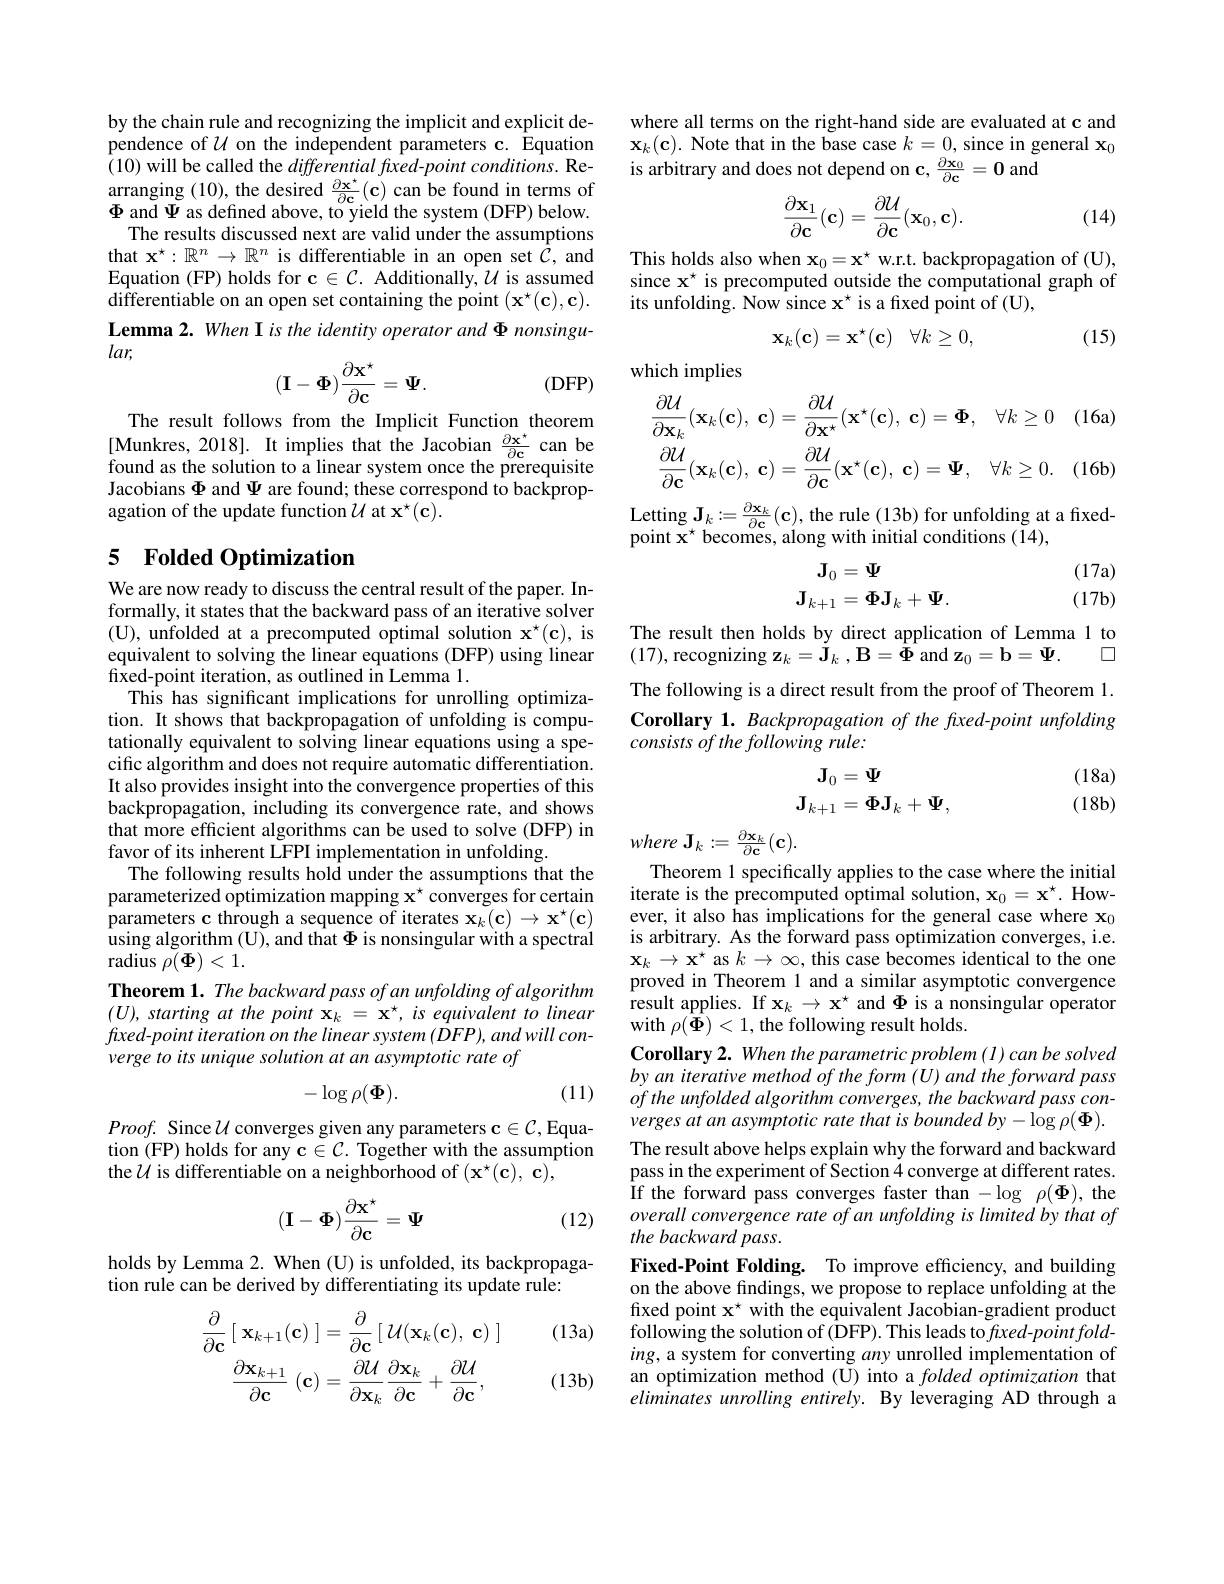
by the chain rule and recognizing the implicit and explicit dependence of $U$ on the independent parameters c. Equation (10) will be called the differential f$xed-point$ conditions. Re- $\begin{array}{l}{\mathrm{arranging~(10),~the~desired~\frac{\partial\mathbf{x}^{\star}}{\partial\mathbf{c}}(\mathbf{c})~can~be~found~in~terms~of}}\\{\Phi\mathrm{~and~\Psi~as~defined~above,~to~yield~the~system~(DFP)~below.}}\end{array}$
The results discussed next are valid under the assumptions that $\mathbf{x}^\star:\mathbb{R}^n\to\mathbb{R}^n$ is differentiable in an open set $\bar{C}$, and Equation (FP) holds for $\mathbf{c}\in\mathcal{C}.$ Additionally,$\mathcal{U}$ is assumed $\hat{\text{differentiable on an open set containing the point }} ( \mathbf{x} ^{\star }( \mathbf{c} ) , \mathbf{c} ) .$ Lemma 2. When I is the identity operator and Φ nonsingu- $lar$,
$$(\mathbf{I}-\mathbf{\Phi})\frac{\partial\mathbf{x}^\star}{\partial\mathbf{c}}=\mathbf{\Psi}.$$
$(DFP)$

The result follows from the Implicit Function theorem [Munkres, 2018]. It implies that the Jacobian $\frac{\partial\mathbf{x}^{\star}}{\partial\mathbf{c}}$ can be found as the solution to a linear system once the prerequisite Jacobians $\Phi$ and $\Psi$ are found; these correspond to backpropagation of the update function $\mathcal{U}$ at $\mathbf{x}^\star(\mathbf{c}).$

## 5 $\textbf{Folded Optimization}$

We are now ready to discuss the central result of the paper. Informally, it states that the backward pass of an iterative solver ( U) , unfolded at a precomputed optimal solution $x^{\star }$( c) , is equivalent to solving the linear equations ( DFP) using linear equivalent to solving the linear equations ( DFP) using linear fixed-point iteration, as outlined in Lemma 1.
This has significant implications for unrolling optimization. It shows that backpropagation of unfolding is computationally equivalent to solving linear equations using a specific algorithm and does not require automatic differentiation. It also provides insight into the convergence properties of this backpropagation, including its convergence rate, and shows that more efficient algorithms can be used to solve (DFP) in favor of its inherent LFPI implementation in unfolding.
The following results hold under the assumptions that the parameterized optimization mapping $\mathbf{x}^{\star}$ converges for certain parameters c through a sequence of iterates $\mathbf{x}_k(\mathbf{c})\to\mathbf{x}^\star(\mathbf{c})$ using algorithm (U), and that $\Phi$ is nonsingular with a spectral ${\mathrm{radius~}\rho(\Phi)}<1.$
Theorem 1. The backward pass of an unfolding of algorithm $(U),startingatthepoint\mathbf{x}_{k}=\mathbf{x}^{\star},isequivalenttolinear$ $fixed-pointiterationon$ the linear system (DFP), and will converge to its unique solution at an asymptotic rate of
$$-\log\rho(\Phi).$$
(11)

$Proof.$ Since $\mathcal{U}$ converges given any parameters $\mathbf{c}\in\mathcal{C}$,Equation (FP) holds for any c$\in\mathcal{C}.$ Together with the assumption the $\mathcal{U}$ is differentiable on a neighborhood of $(\mathbf{x}^{\star}(\mathbf{c}),\mathbf{c})$,
$$(\mathbf{I}-\mathbf{\Phi})\frac{\partial\mathbf{x}^\star}{\partial\mathbf{c}}=\mathbf{\Psi}$$
(12)

holds by Lemma 2. When (U) is unfolded, its backpropaga-
tion rule can be derived by differentiating its update rule:

(13a)
$$\begin{aligned}\frac{\partial}{\partial\mathbf{c}}\:[\:\mathbf{x}_{k+1}(\mathbf{c})\:]&=\frac{\partial}{\partial\mathbf{c}}\:[\:\mathcal{U}(\mathbf{x}_{k}(\mathbf{c}),\:\mathbf{c})\:]\\\frac{\partial\mathbf{x}_{k+1}}{\partial\mathbf{c}}\:(\mathbf{c})&=\frac{\partial\mathcal{U}}{\partial\mathbf{x}_{k}}\frac{\partial\mathbf{x}_{k}}{\partial\mathbf{c}}+\frac{\partial\mathcal{U}}{\partial\mathbf{c}},\end{aligned}$$
$(13b)$

where all terms on the right-hand side are evaluated at c and $\mathbf{x}_k(\mathbf{c}).$ Note that in the base case $k=0$, since in general $\mathbf{x}_0$ is arbitrary and does not depend on c, $\frac{\partial\mathbf{x}_0}{\partial\mathbf{c}}=\mathbf{0}$ and
$$\frac{\partial\mathbf{x}_1}{\partial\mathbf{c}}(\mathbf{c})=\frac{\partial\mathcal{U}}{\partial\mathbf{c}}(\mathbf{x}_0,\mathbf{c}).$$
(14)

This holds also when $\mathbf{x}_0=\mathbf{x}^\star$ w.r.t. backpropagation of (U), since x$^{\star}$ is precomputed outside the computational graph of its unfolding. Now since x$^\star$ is a fixed point of (U),
$$\mathbf{x}_k(\mathbf{c})=\mathbf{x}^\star(\mathbf{c})\quad\forall k\geq0,$$
(15)

which implies
$$\frac{\partial\mathcal{U}}{\partial\mathbf{x}_{k}}(\mathbf{x}_{k}(\mathbf{c}),\:\mathbf{c})=\frac{\partial\mathcal{U}}{\partial\mathbf{x}^{\star}}(\mathbf{x}^{\star}(\mathbf{c}),\:\mathbf{c})=\mathbf{\Phi},\quad\forall k\geq0\\\frac{\partial\mathcal{U}}{\partial\mathbf{c}}(\mathbf{x}_{k}(\mathbf{c}),\:\mathbf{c})=\frac{\partial\mathcal{U}}{\partial\mathbf{c}}(\mathbf{x}^{\star}(\mathbf{c}),\:\mathbf{c})=\mathbf{\Psi},\quad\forall k\geq0.$$
$\operatorname{Letting}\mathbf{J}_{k}:=\frac{\partial\mathbf{x}_{k}}{\partial\mathbf{c}}(\mathbf{c})$,the rule(13b)for unfolding at a fixed
point $\mathbf{x}^{\star}$ becomes, along with initial conditions (14)
$$\begin{aligned}\mathbf{J}_0&=\Psi\\\mathbf{J}_{k+1}&=\Phi\mathbf{J}_k+\Psi.\end{aligned}$$
(17a) (17b)

The result then holds by direct application of Lemma 1 to
$\square$

(17), recognizing $\mathbf{z}_k=\mathbf{\dot{J}}_k,\mathbf{B}=\mathbf{\hat{\Phi}}$ and $\mathbf{z}_0=\mathbf{b}=\Psi.$
The following is a direct result from the proof of Theorem 1. Corollary 1. Backpropagation of the faxed-point unfolding consists of the following rule:

(18a) (18b)
$$\begin{aligned}\mathbf{J}_0&=\Psi\\\mathbf{J}_{k+1}&=\Phi\mathbf{J}_k+\Psi,\end{aligned}$$
where J$_k:=\frac{\partial\mathbf{x}_k}{\partial\mathbf{c}}(\mathbf{c}).$

Theorem 1 specifically applies to the case where the initial iterate is the precomputed optimal solution, $\mathbf{x}_0=\mathbf{x}^{\star}.$ However, it also has implications for the general case where x$_0$ is arbitrary. As the forward pass optimization converges, i.e. $\mathbf{x}_k\to\mathbf{x}^*$ as $k\to\infty$, this case becomes identical to the one proved in Theorem l and a similar asymptotic convergence result applies. If $\mathbf{x}_k\to\mathbf{x}^\star$ and $\Phi$ is a nonsingular operator with $\rho(\hat{\Phi})<1$, the following result holds.
Corollary 2. When the parametric problem (1) can be solved by an iterative method of the form (U) and the forward pass ofthe unfolded algorithm converges, the backward pass converges at an asymptotic rate that is bounded by- log $\rho(\Phi).$ The result above helps explain why the forward and backward pass in the experiment of Section 4 converge at different rates. if the forward pass converges faster than - log $\rho$( $\Phi$) , the overall convergence rate of an unfolding is limited by that of the backward pass.
Fixed-Point Folding. To improve efficiency, and building on the above findings, we propose to replace unfolding at the fixed point $\mathbf{x}^\star$ with the equivalent Jacobian-gradient product following the solution of (DFP). This leads to$f\iota xed-pointfold-$ $ing$, a system for converting $an$y unrolled implementation of an optimization method (U) into a $folded\textit{optimization that}$ eliminates unrolling entirely. By leveraging AD through a